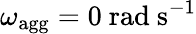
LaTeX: {\omega_{\mathrm{agg}}=0\ \mathrm{rad\ s^{-1}}}